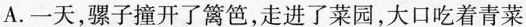
A.一天，骡子撞开了篱笆，走进了菜园，大口吃着青菜